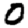
Digit: 0